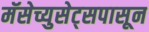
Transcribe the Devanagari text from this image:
मॅसेच्युसेट्सपासून